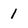
Character: 1